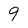
Character: 9